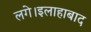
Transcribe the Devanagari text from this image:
लगे।इलाहाबाद